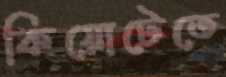
কিয়োটেতে